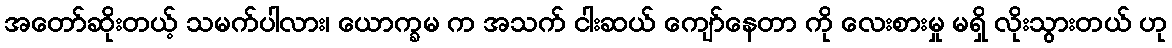
အတော်ဆိုးတယ့် သမက်ပါလား၊ ယောက္ခမ က အသက် ငါးဆယ် ကျော်နေတာ ကို လေးစားမှု မရှိ လိုးသွားတယ် ဟု